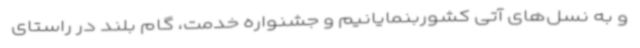
و به نسل‌های آتی کشوربنمایانیم و جشنواره خدمت، گام بلند در راستای